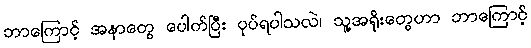
ဘာကြောင့် အနာတွေ ပေါက်ပြီး ပုပ်ရပါသလဲ၊ သူ့အရိုးတွေဟာ ဘာကြောင့်